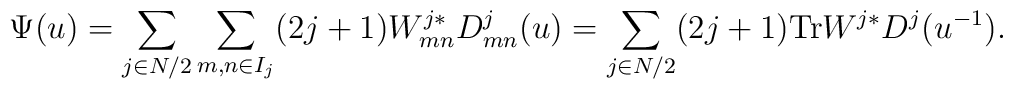
\Psi (u)=\sum_{j\in N/2} \sum_{m,n\in I_j} (2j+1)W^{j*}_{mn}D^{j}_{mn}(u)=\sum_{j\in N/2} (2j+1) \mbox {Tr} W^{j*}D^{j}(u^{-1}).